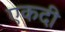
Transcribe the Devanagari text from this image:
एकदी